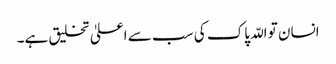
انسان تو اللّہ پاک کی سب سے اعلیٰ تخلیق ہے۔